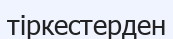
тіркестерден